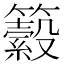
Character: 𥷆